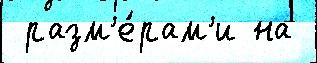
 разм'е́рам'и на